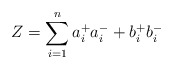
\begin{align*}Z = \sum_{i = 1}^n a_i^+ a_i^- + b_i^+ b_i^-\end{align*}